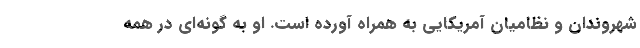
شهروندان و نظامیان آمریکایی به همراه آورده است. او به گونه‌ای در همه